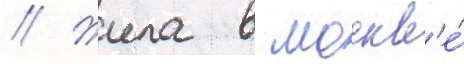
// Жила в москв'е́